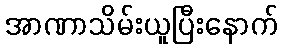
အာဏာသိမ်းယူပြီးနောက်